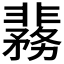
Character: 𬰞